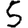
Digit: 5